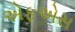
એફએસ